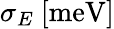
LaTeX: \sigma_{E}\ [\mathrm{meV}]